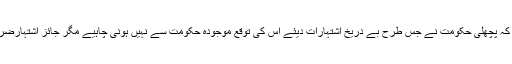
انہوں نے مزید کہا کہ پچھلی حکومت نے جس طرح بے دریخ اشتہارات دیئے اس کی توقع موجودہ حکومت سے نہیں ہونی چاہیے مگر جائز اشتہارضرور دینا چاہیں گے۔